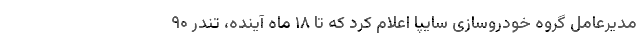
مدیرعامل گروه خودروسازی سایپا اعلام کرد که تا ۱۸ ماه آینده، تندر ۹۰